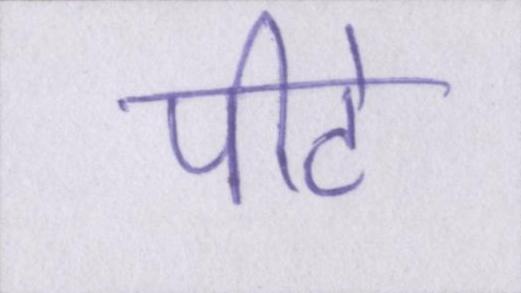
पीटे